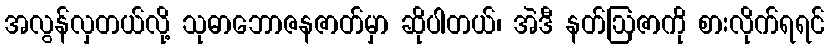
အလွန်လှတယ်လို့ သုဓာဘောဇနဇာတ်မှာ ဆိုပါတယ်၊ အဲဒီ နတ်ဩဇာကို စားလိုက်ရရင်